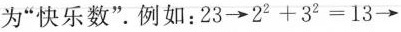
为”快乐数”。例如：23 \rightarrow 2^{2}+3^{2}=13 \rightarrow